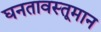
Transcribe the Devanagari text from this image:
घनतावस्तूमान